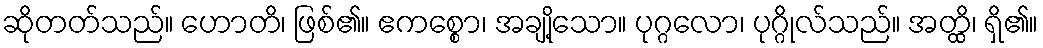
ဆိုတတ်သည်။ ဟောတိ၊ ဖြစ်၏။ ဧကစ္စော၊ အချို့သော။ ပုဂ္ဂလော၊ ပုဂ္ဂိုလ်သည်။ အတ္ထိ၊ ရှိ၏။